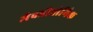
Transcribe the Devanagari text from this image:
जैवप्रौद्योगिक